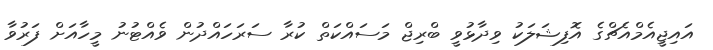
އައިޖީއެމްއެޗްގެ އޮފިޝަލަކު ވިދާޅުވީ ބްރިޖް މަސައްކަތް ކުރާ ސަރަހައްދުން ވެއްޓުނު މީހާއަށް ފަރުވާ